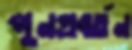
পুনপ্রবর্তন